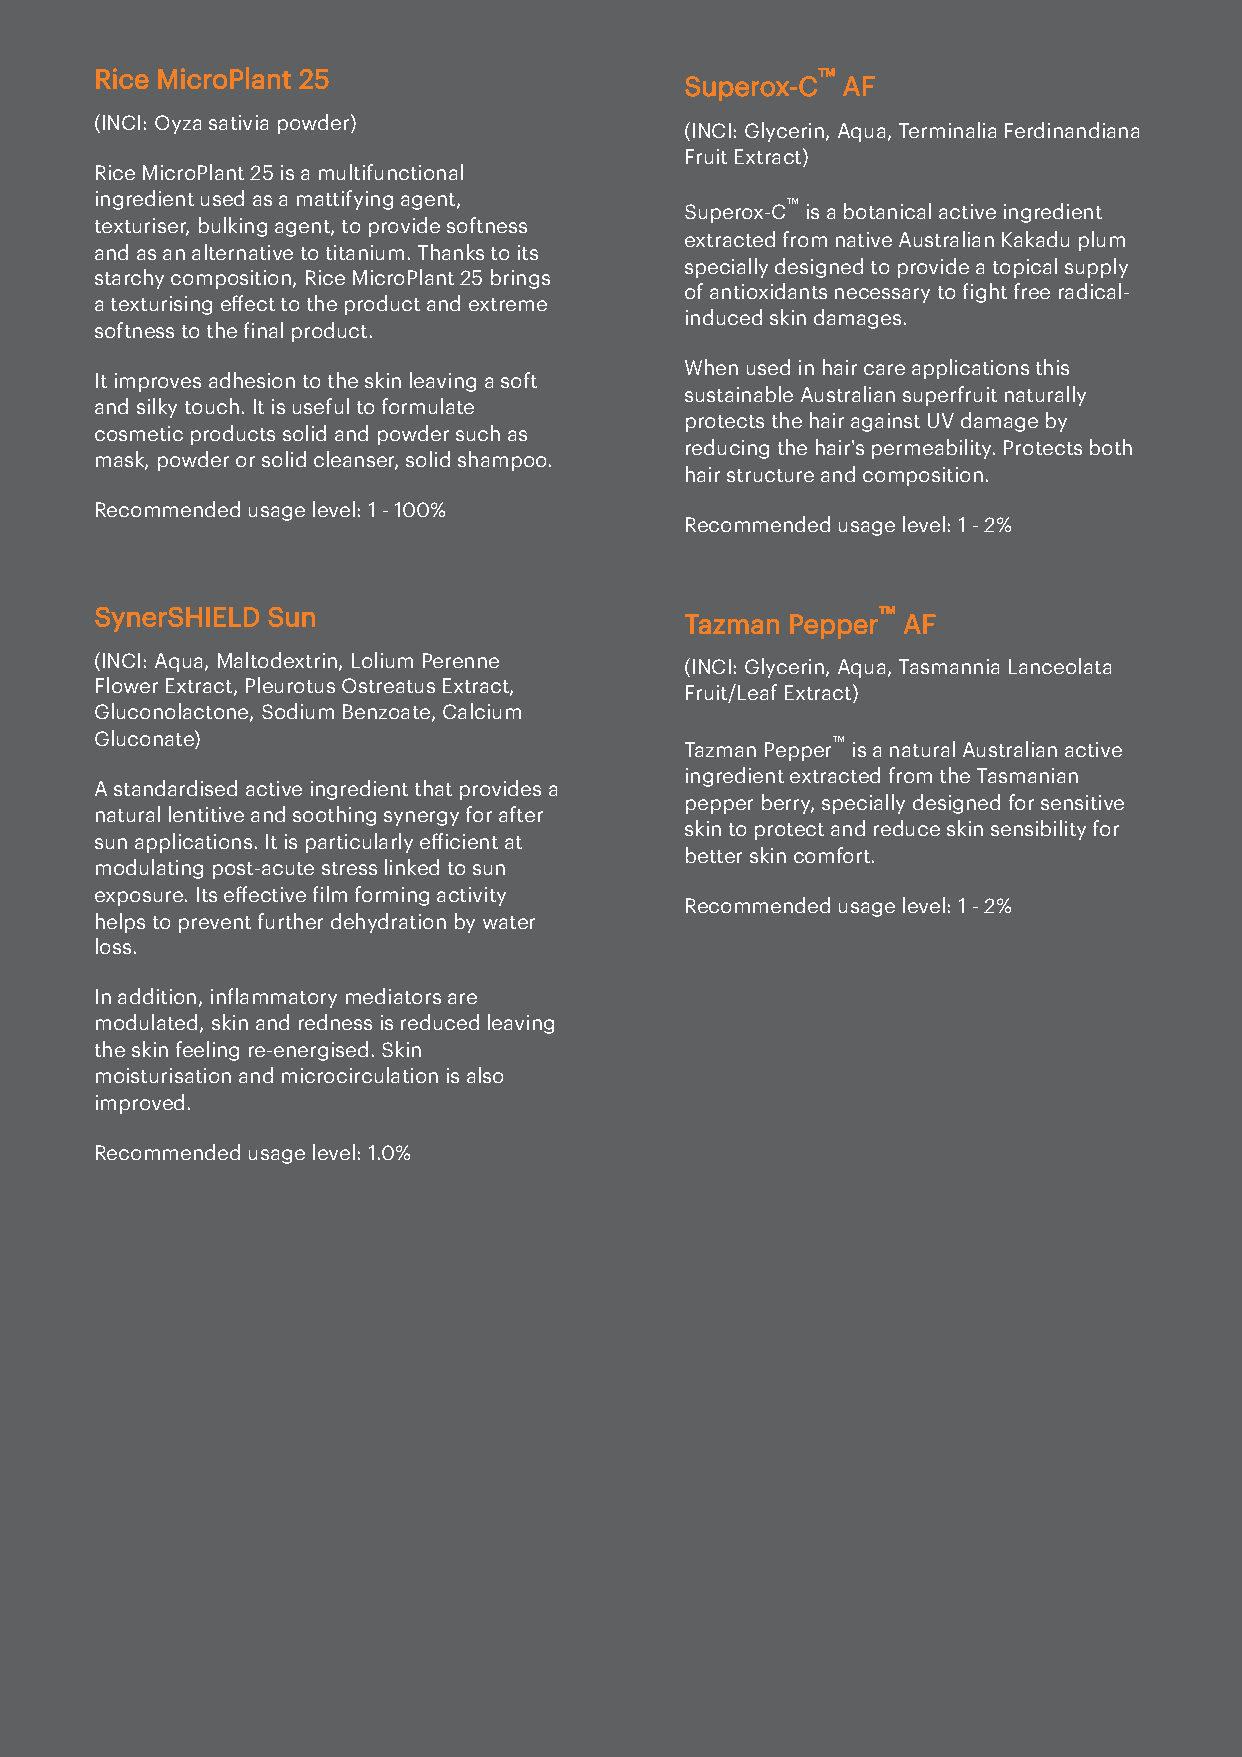
Rice MicroPlant 25                              ™
 Superox-C  AF
 (INCI: Oyza sativia powder)
 (INCI: Glycerin, Aqua, Terminalia Ferdinandiana
 Fruit Extract)
 Rice MicroPlant 25 is a multifunctional
 ingredient used as a mattifying agent,
 ™
 Superox-C is a botanical active ingredient
 texturiser, bulking agent, to provide softness
 extracted from native Australian Kakadu plum
 and as an alternative to titanium. Thanks to its
 specially designed to provide a topical supply
 starchy composition, Rice MicroPlant 25 brings
 of antioxidants necessary to ight free radical-
 a texturising effect to the product and extreme
 induced skin damages.
 softness to the inal product.
 When used in hair care applications this
 It improves adhesion to the skin leaving a soft
 sustainable Australian superfruit naturally
 and silky touch. It is useful to formulate
 protects the hair against UV damage by
 cosmetic products solid and powder such as
 reducing the hair's permeability. Protects both
 mask, powder or solid cleanser, solid shampoo.
 hair structure and composition.
 Recommended usage level: 1 - 100%
 Recommended usage level: 1 - 2%
 SynerSHIELD Sun                                     ™
 Tazman Pepper  AF
 (INCI: Aqua, Maltodextrin, Lolium Perenne (INCI: Glycerin, Aqua, Tasmannia Lanceolata
 Flower Extract, Pleurotus Ostreatus Extract,
 Fruit/Leaf Extract)
 Gluconolactone, Sodium Benzoate, Calcium
 Gluconate)                                       ™
 Tazman Pepper is a natural Australian active
 ingredient extracted from the Tasmanian
 A standardised active ingredient that provides a
 pepper berry, specially designed for sensitive
 natural lentitive and soothing synergy for after
 skin to protect and reduce skin sensibility for
 sun applications. It is particularly eicient at
 better skin comfort.
 modulating post-acute stress linked to sun
 exposure. Its effective ilm forming activity
 Recommended usage level: 1 - 2%
 helps to prevent further dehydration by water
 loss.
 In addition, inlammatory mediators are
 modulated, skin and redness is reduced leaving
 the skin feeling re-energised. Skin
 moisturisation and microcirculation is also
 improved.
 Recommended usage level: 1.0%